Report of the Indian Hemp Drugs Commission, 1894-1895 - Volume IV
Year: 1894
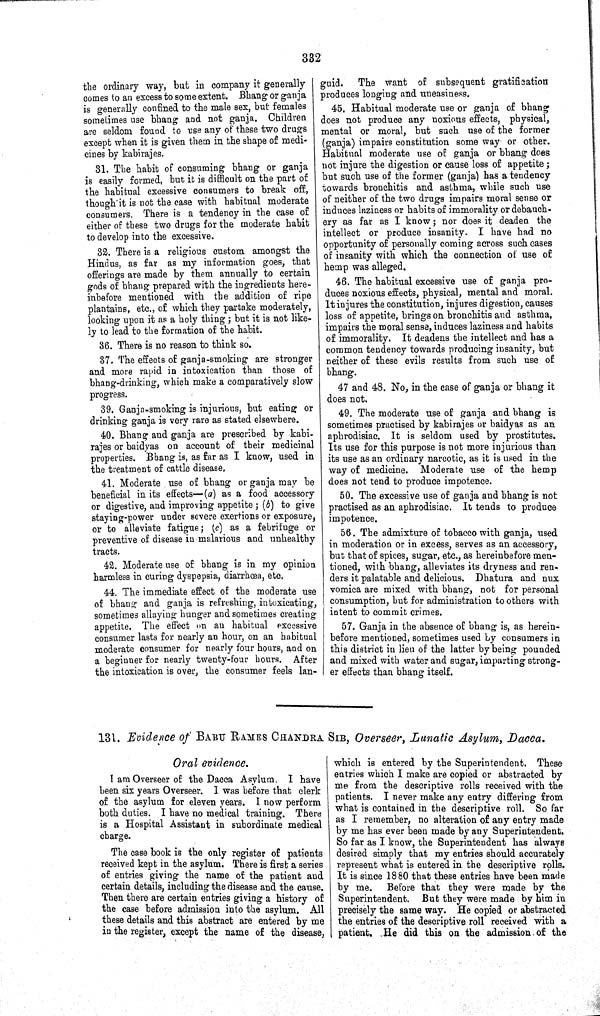
332
the ordinary way, but in company it generally
comes to an excess to some extent. Bhang or ganja
is generally confined to the male sex, but females
sometimes use bhang and not ganja. Children
are seldom found to use any of these two drugs
except when it is given them in the shape of medi-
cines by kabirajes.
31. The habit of consuming bhang or ganja
is easily formed, but it is difficult on the part of
the habitual excessive consumers to break off,
though it is not the case with habitual moderate
consumers. There is a tendency in the case of
either of these two drugs for the moderate habit
to develop into the excessive.
32. There is a religious custom amongst the
Hindus, as far as my information goes, that
offerings are made by them annually to certain
gods of bhang prepared with the ingredients here-
inbefore mentioned with the addition of ripe
plantains, etc., of which they partake moderately,
looking upon it as a holy thing; but it is not like-
ly to lead to the formation of the habit.
36. There is no reason to think so.
37. The effects of ganja-smoking are stronger
and more rapid in intoxication than those of
bhang-drinking, which make a comparatively slow
progress.
39. Ganja-smoking is injurious, but eating or
drinking ganja is very rare as stated elsewhere.
40. Bhang and ganja are prescribed by kabi-
rajes or baidyas on account of their medicinal
properties. Bhang is, as far as I know, used in
the treatment of cattle disease.
41. Moderate use of bhang or ganja may be
beneficial in its effects—(a) as a food accessory
or digestive, and improving appetite; (b) to give
staying-power under severe exertions or exposure,
or to alleviate fatigue; (c) as a febrifuge or
preventive of disease in malarious and unhealthy
tracts.
42. Moderate use of bhang is in my opinion
harmless in curing dyspepsia, diarrhœa, etc.
44. The immediate effect of the moderate use
of bhang and ganja is refreshing, intoxicating,
sometimes allaying hunger and sometimes creating
appetite. The effect on an habitual excessive
consumer lasts for nearly an hour, on an habitual
moderate consumer for nearly four hours, and on
a beginner for nearly twenty-four hours. After
the intoxication is over, the consumer feels lan-
guid.
The want of subsequent gratification
produces longing and uneasiness.
45. Habitual moderate use or ganja of bhang
does not produce any noxious effects, physical,
mental or moral, but such use of the former
(ganja) impairs constitution some way or other.
Habitual moderate use of ganja or bhang does
not injure the digestion or cause loss of appetite;
but such use of the former (ganja) has a tendency
towards bronchitis and asthma, while such use
of neither of the two drugs impairs moral sense or
induces laziness or habits of immorality or debauch-
ery as far as I know; nor does it deaden the
intellect or produce insanity. I have had no
opportunity of personally coming across such cases
of insanity with which the connection of use of
hemp was alleged.
46. The habitual excessive use of ganja pro-
duces noxious effects, physical, mental and moral.
It injures the constitution, injures digestion, causes
loss of appetite, brings on bronchitis and asthma,
impairs the moral sense, induces laziness and habits
of immorality. It deadens the intellect and has a
common tendency towards producing insanity, but
neither of these evils results from such use of
bhang.
47 and 48. No, in the case of ganja or bhang it
does not.
49. The moderate use of ganja and bhang is
sometimes practised by kabirajes or baidyas as an
aphrodisiac. It is seldom used by prostitutes.
Its use for this purpose is not more injurious than
its use as an ordinary narcotic, as it is used in the
way of medicine. Moderate use of the hemp
does not tend to produce impotence.
50. The excessive use of ganja and bhang is not
practised as an aphrodisiac. It tends to produce
impotence.
56. The admixture of tobacco with ganja, used
in moderation or in excess, serves as an accessory,
but that of spices, sugar, etc., as hereinbefore men-
tioned, with bhang, alleviates its dryness and ren-
ders it palatable and delicious. Dhatura and nux
vomica are mixed with bhang, not for personal
consumption, but for administration to others with
intent to commit crimes.
57. Ganja in the absence of bhang is, as herein-
before mentioned, sometimes used by consumers in
this district in lieu of the latter by being pounded
and mixed with water and sugar, imparting strong-
er effects than bhang itself.
131. Evidence of BABU RAMES CHANDRA SIB, Overseer, Lunatic Asylum, Dacca.
Oral evidence.
I am Overseer of the Dacca Asylum. I have
been six years Overseer. I was before that clerk
of the asylum for eleven years. I now perform
both duties. I have no medical training. There
is a Hospital Assistant in subordinate medical
charge.
The case book is the only register of patients
received kept in the asylum. There is first a series
of entries giving the name of the patient and
certain details, including the disease and the cause.
Then there are certain entries giving a history of
the case before admission into the asylum. All
these details and this abstract are entered by me
in the register, except the name of the disease,
which is entered by the Superintendent. These
entries which I make are copied or abstracted by
me from the descriptive rolls received with the
patients. I never make any entry differing from
what is contained in the descriptive roll. So far
as I remember, no alteration of any entry made
by me has ever been made by any Superintendent.
So far as I know, the Superintendent has always
desired simply that my entries should accurately
represent what is entered in the descriptive rolls.
It is since 1880 that these entries have been made
by me. Before that they were made by the
Superintendent. But they were made by him in
precisely the same way. He copied or abstracted
the entries of the descriptive roll received with a
patient. He did this on the admission of the